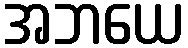
အဘယေ